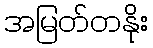
အမြတ်တနိုး